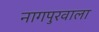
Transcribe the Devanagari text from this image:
नागपुरवाला